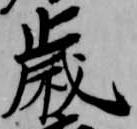
歳